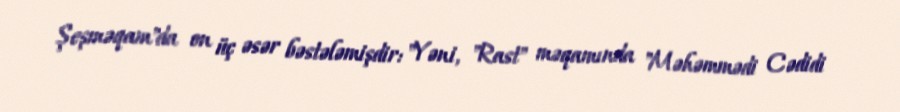
Şeşməqam"da on üç əsər bəstələmişdir: "Yəni, "Rast" məqamında "Məhəmmədi Cədidi